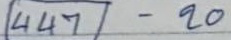
447 - 20